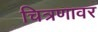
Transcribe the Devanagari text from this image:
चित्रणावर